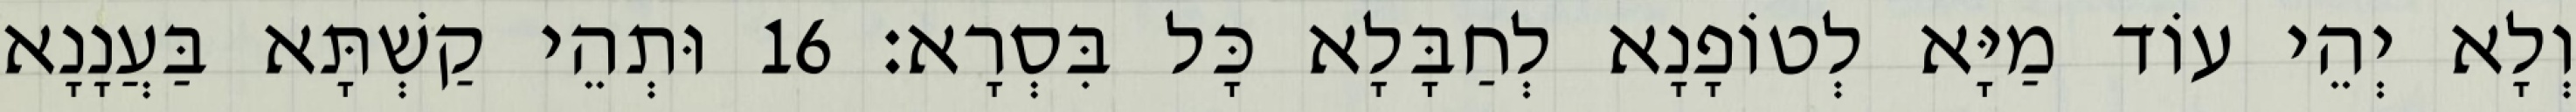
וְלָא יְהֵי עוֹד מַיָּא לְטוֹפָנָא לְחַבָּלָא כָּל בִּסְרָא׃ 16 וּתְהֵי קַשְׁתָּא בַּעֲנָנָא